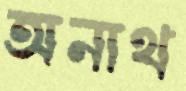
অনাথ